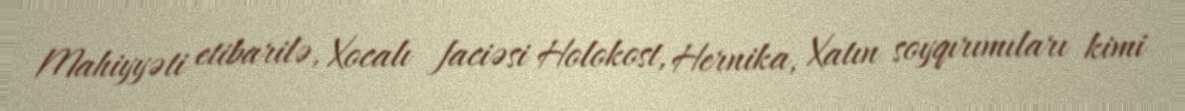
Mahiyyəti etibarilə, Xocalı faciəsi Holokost, Hernika, Xatın soyqırımıları kimi